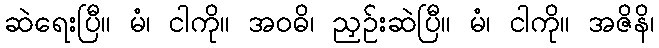
ဆဲရေးပြီ။ မံ၊ ငါကို။ အဝဓိ၊ ညှဉ်းဆဲပြီ။ မံ၊ ငါကို။ အဇိနိ၊